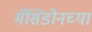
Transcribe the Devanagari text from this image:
मॅसिडोनच्या